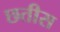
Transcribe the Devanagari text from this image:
छतीस